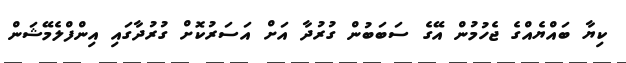
ކިޔާ ބައްޔެއްގެ ޖެހުމުން އޭގެ ސަބަބުން ގުރުދާ އަށް އަސަރުކޮށް ގުރުދާގައި އިންފްލެމޭޝަން